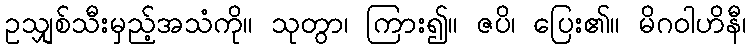
ဥသျှစ်သီးမှည့်အသံကို။ သုတွာ၊ ကြား၍။ ဇပိ၊ ပြေး၏။ မိဂဝါဟိနီ၊